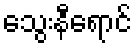
သွေးနီရောင်